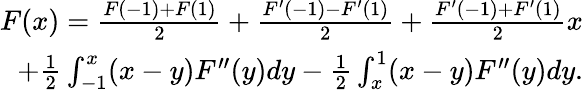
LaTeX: \begin{array}{r}{F(x)=\frac{F(-1)+F(1)}{2}+\frac{F^{\prime}(-1)-F^{\prime}(1)}{2}+\frac{F^{\prime}(-1)+F^{\prime}(1)}{2}x}\\ {+\frac{1}{2}\int_{-1}^{x}(x-y)F^{\prime\prime}(y)dy-\frac{1}{2}\int_{x}^{1}(x-y)F^{\prime\prime}(y)dy.}\end{array}